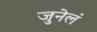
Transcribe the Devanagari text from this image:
जुनेलं